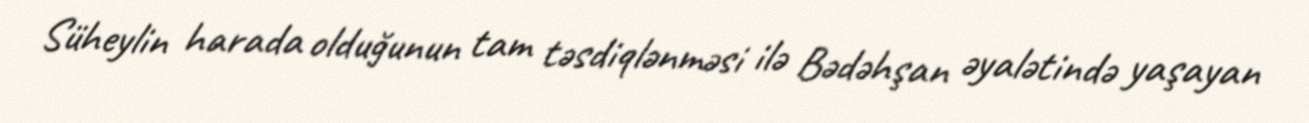
Süheylin harada olduğunun tam təsdiqlənməsi ilə Bədəhşan əyalətində yaşayan